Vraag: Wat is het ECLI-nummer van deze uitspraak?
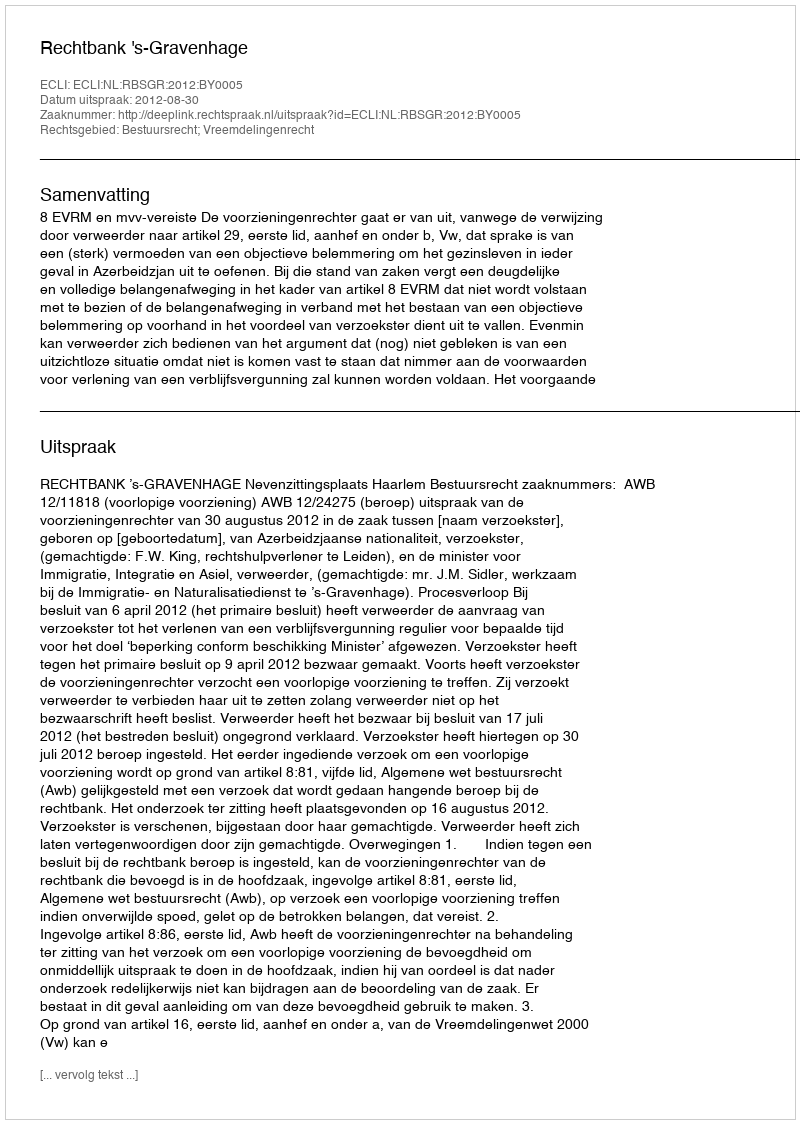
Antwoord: ECLI:NL:RBSGR:2012:BY0005